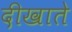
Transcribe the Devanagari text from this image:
दीखाते